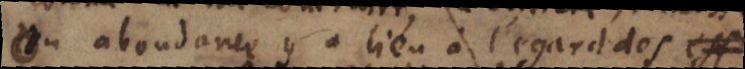
ou abondance y a lieu à l’égard des fins